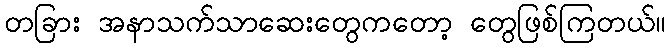
တခြား အနာသက်သာဆေးတွေကတော့ တွေဖြစ်ကြတယ်။